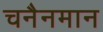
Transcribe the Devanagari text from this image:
चनैनमान